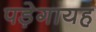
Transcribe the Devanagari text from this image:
पड़ेगायह